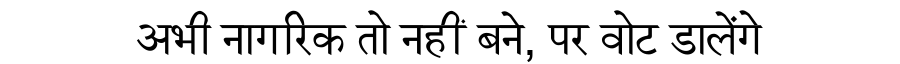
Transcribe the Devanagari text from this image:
अभी नागरिक तो नहीं बने, पर वोट डालेंगे